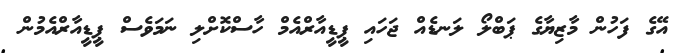
އޭގެ ފަހުން މާޒިޔާގެ ޕަބްލޯ ލަނޑެއް ޖަހައި ޕީޑީއާރްއެމް ހާސްކޮށްލި ނަމަވެސް ޕީޑީއާރްއެމުން